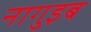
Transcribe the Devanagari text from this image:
नागुइब